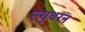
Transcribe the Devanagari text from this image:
ल्युथरन